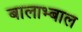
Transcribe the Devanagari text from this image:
बालाभ्बाल